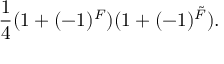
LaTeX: \frac { 1 } { 4 } ( 1 + ( - 1 ) ^ { F } ) ( 1 + ( - 1 ) ^ { \tilde { F } } ) .